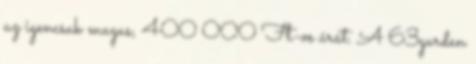
az igencsak magas, 400 000 Ft-os árát. A 63garden